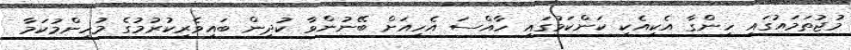
މުޖުތަމައުގައި ހިންގާ އެކިއެކި ކަންކަމުގައި ހާއްސަ އެހީއަށް ބޭނުންވާ ކުދިން ބައިވެރިކުރުމުގެ މުހިންމުކަމާ